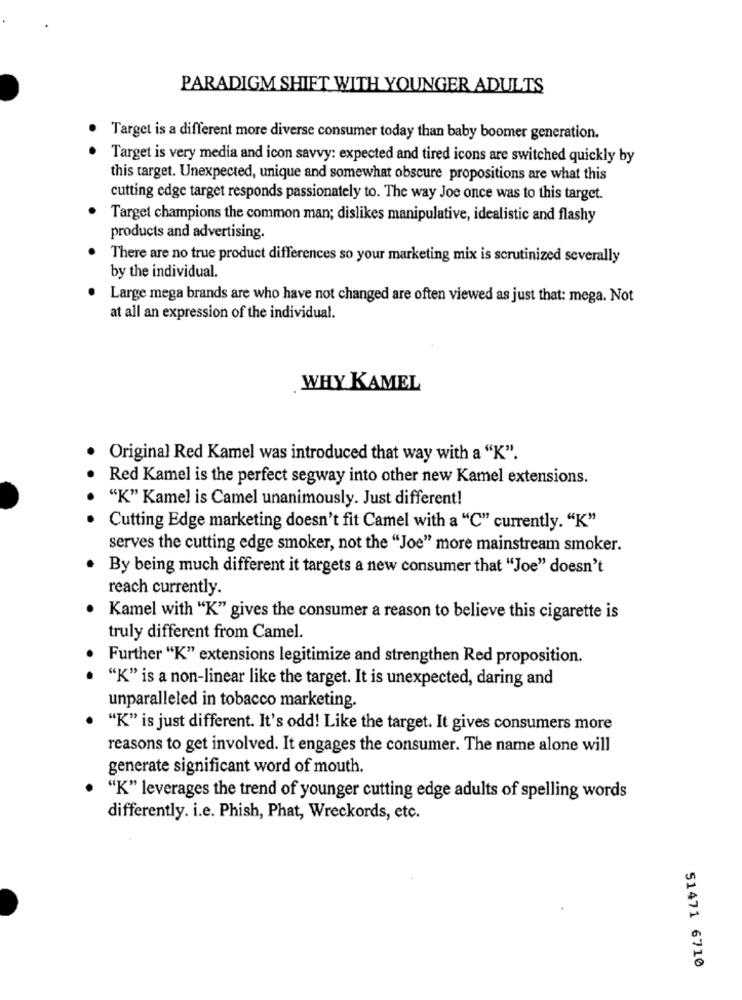
PARADIGM SHIFT WITH YOUNGER ADULTS
Target is a different more diverse consumer today than baby boomer generation.
Target is very media and icon savvy: expected and tired icons are switched quickly by
this target. Unexpected, unique and somewhat obscure propositions are what this
cutting edge target responds passionately to. The way Joe once was to this target.
Target champions the common man; dislikes manipulative, idealistic and flashy
products and advertising.
There are no true product differences so your marketing mix is scrutinized severally
by the individual.
Large mega brands are who have not changed are often viewed as just that: mega. Not
at all an expression of the individual.
WHY KAMEL
Original Red Kamel was introduced that way with a "K".
Red Kamel is the perfect segway into other new Kamel extensions.
"K" Kamel is Camel unanimously. Just different!
Cutting Edge marketing doesn't fit Camel with a "C" currently. "K"
serves the cutting edge smoker, not the "Joe" more mainstream smoker.
By being much different it targets a new consumer that "Joe" doesn't
reach currently.
Kamel with "K" gives the consumer a reason to believe this cigarette is
truly different from Camel.
Further "K" extensions legitimize and strengthen Red proposition.
"K" is a non-linear like the target. It is unexpected, daring and
unparalleled in tobacco marketing.
"K" is just different. It's odd! Like the target. It gives consumers more
reasons to get involved. It engages the consumer. The name alone will
generate significant word of mouth.
"K" leverages the trend of younger cutting edge adults of spelling words
differently. i.e. Phish, Phat, Wreckords, etc.
51471 6710